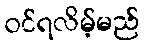
ဝင်ရလိမ့်မည်